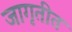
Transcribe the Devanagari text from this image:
जागृतीत